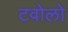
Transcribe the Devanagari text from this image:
टवोलो